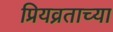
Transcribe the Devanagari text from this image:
प्रियव्रताच्या